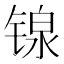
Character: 𬭣